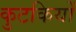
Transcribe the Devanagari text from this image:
कुटकियों